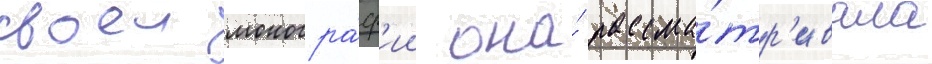
своеи моногра́ф'ии она́ рассма́тр'ивала